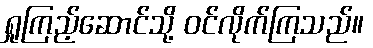
ရှုကြည့်ဆောင်သို့ ဝင်လိုက်ကြသည်။